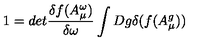
1 = d e t \frac { \delta f ( A _ { \mu } ^ { \omega } ) } { \delta \omega } \int D g \delta ( f ( A _ { \mu } ^ { g } ) )